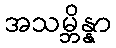
အသမ္ဘိန္နာ